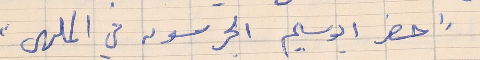
"حضر ابوسليم الجرسون في الملهى"